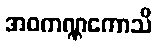
အဝကဏ္ဏကောသိ